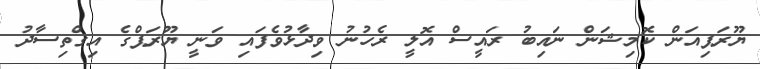
ޔޫރަޕިއަން ކޮމިޝަން ނައިބު ރައީސް އޮލީ ރެހުނު ވިދާޅުވެފައި ވަނީ ޔޫރަޕްގެ އިގްތިސާދު